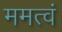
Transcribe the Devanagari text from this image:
ममत्वं